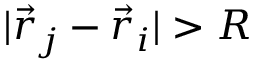
| \vec { r } _ { j } - \vec { r } _ { i } | > R